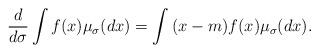
LaTeX: \begin{align*}\frac{d}{d\sigma}\int{f(x)\mu_{\sigma}(dx)} = \int{(x - m)f(x)\mu_{\sigma}(dx)}.\end{align*}